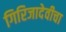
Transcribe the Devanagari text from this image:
गिरिजादेवीचा